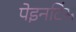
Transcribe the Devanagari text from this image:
पेइनटिंस